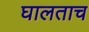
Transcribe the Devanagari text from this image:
घालताच